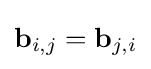
\mathbf {b} _{i,j}=\mathbf {b} _{j,i}